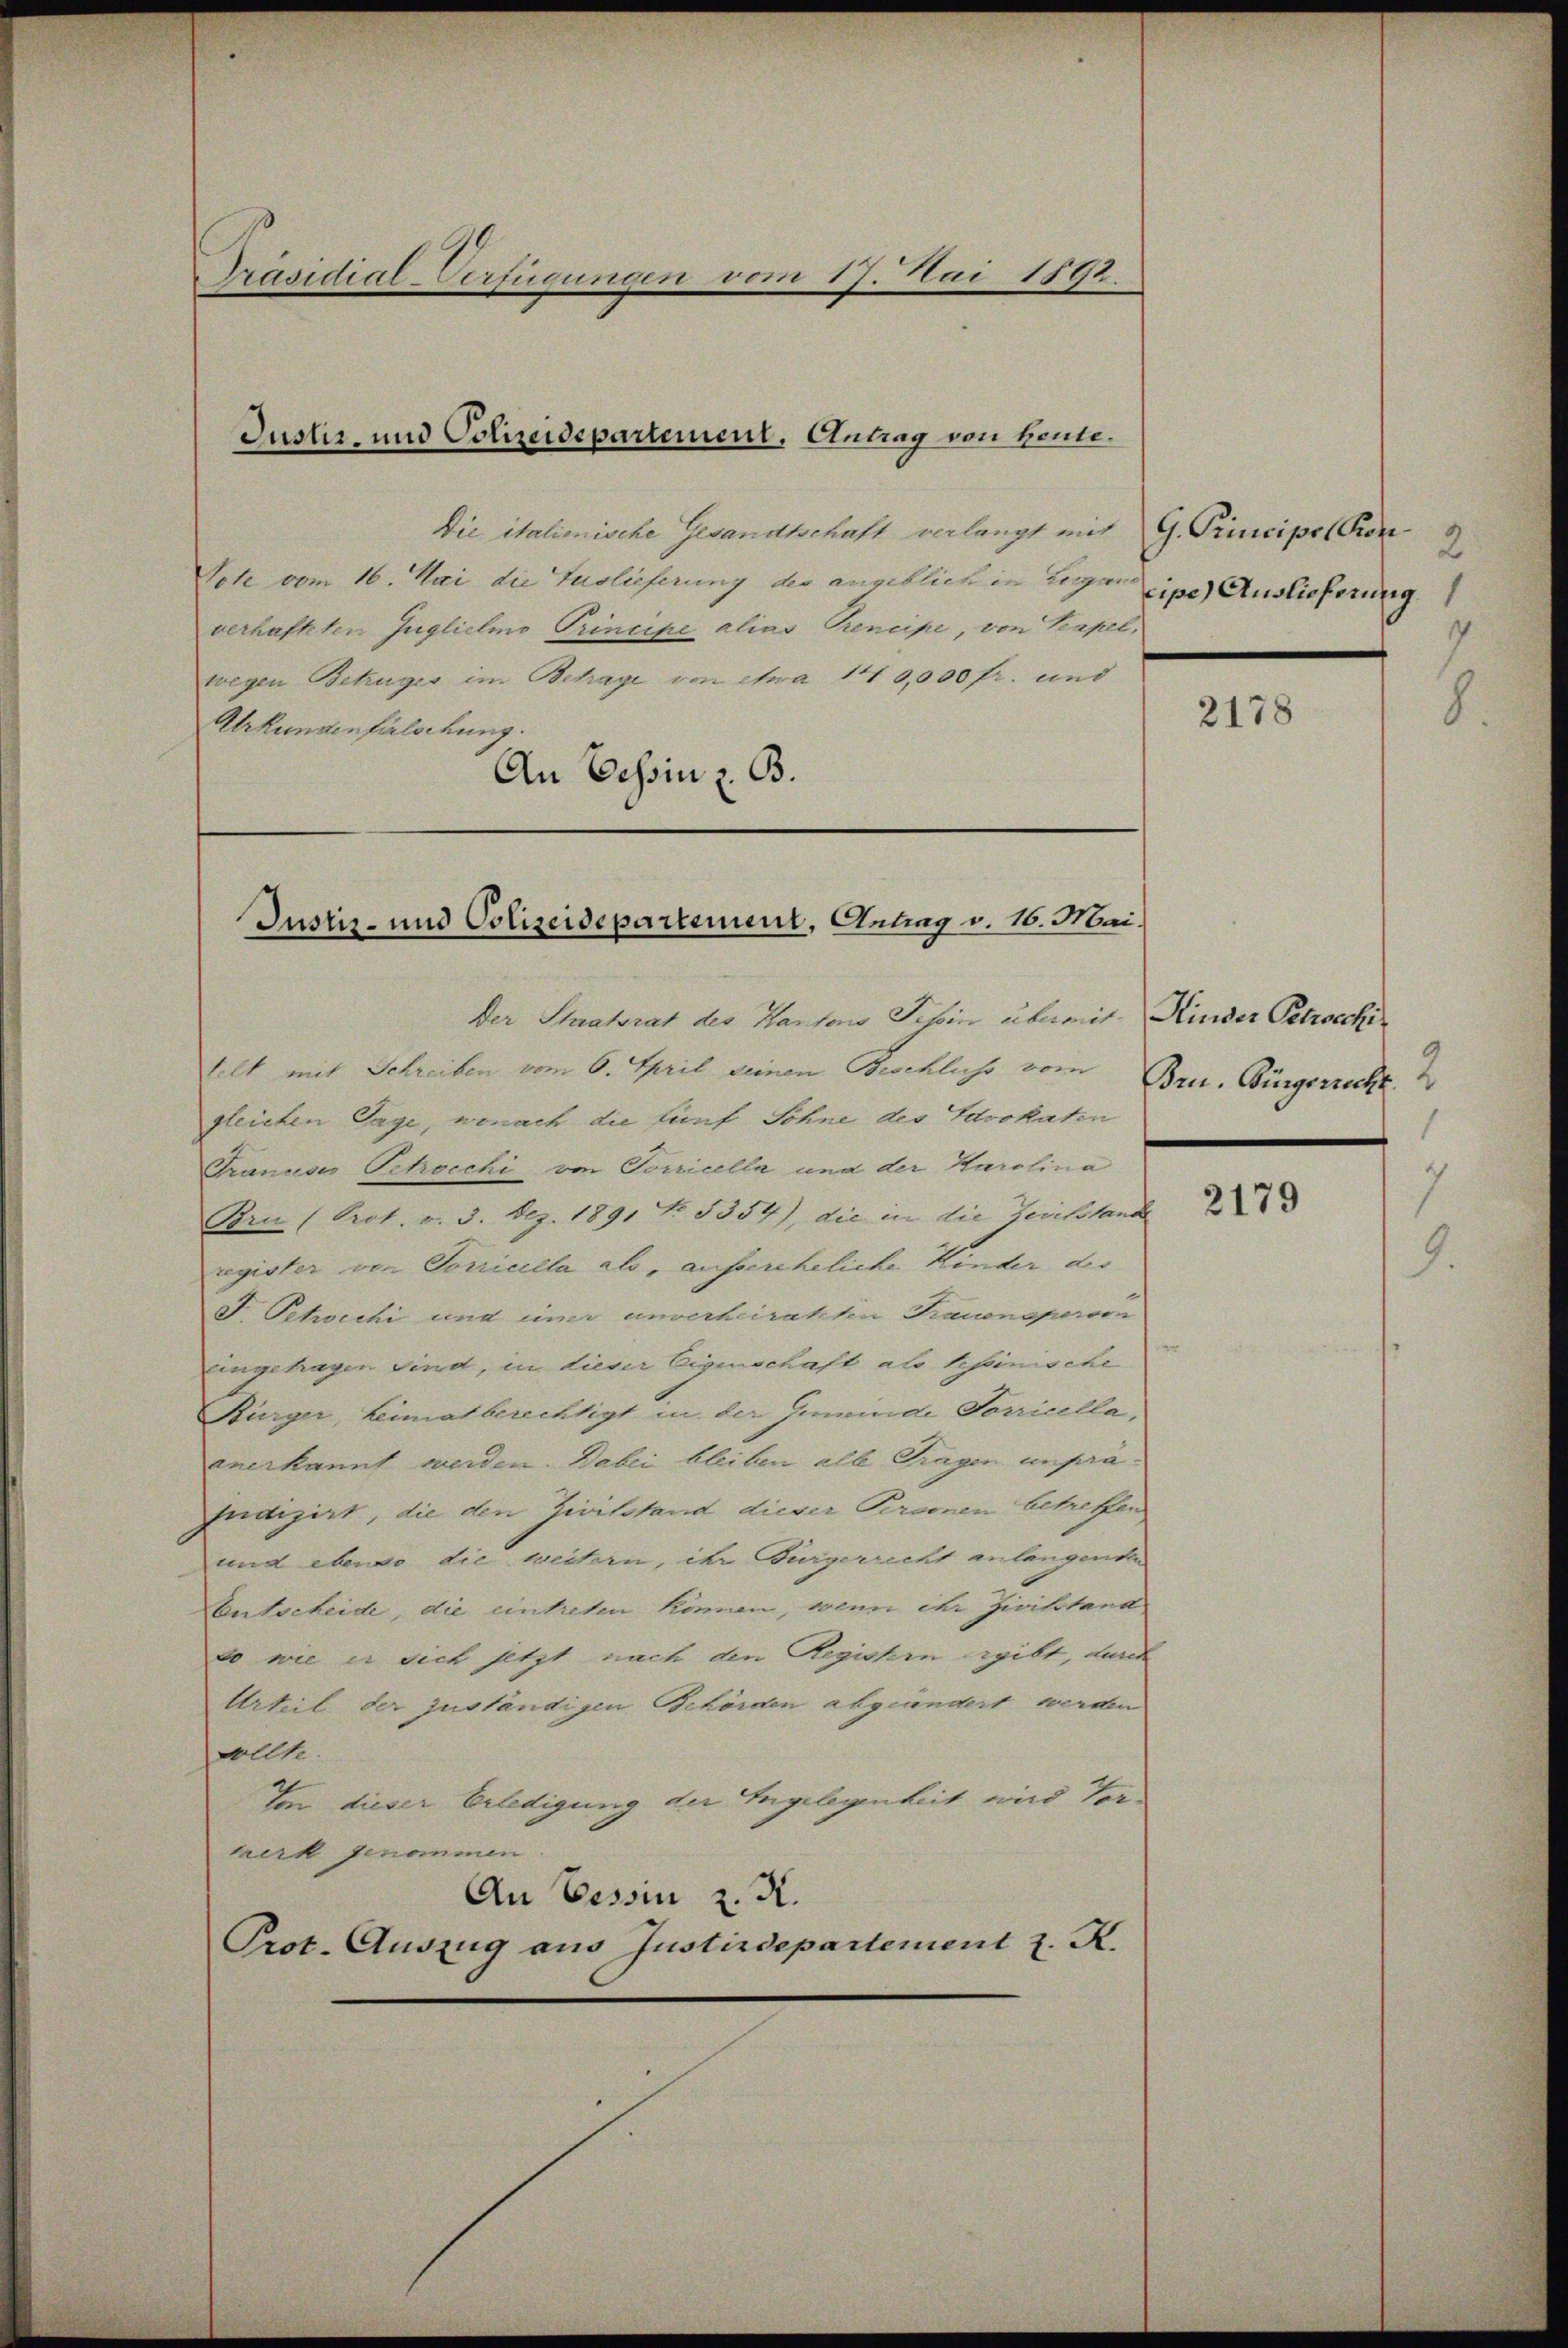
Präsidial-Verfügungen vom 17. Mai 1892.

Die italionische Gesandtschaft verlangt mit G. Principes Pron
Vote vom 16. Mai die Auslieferung der angeblick in eigeipe Auslieferung
verhafteten Guglichino Trincipe alias Trencipe, von Neapel,
wegen Betruges im Betrage von etwa 140,000 fr. und
Urkungenfälschung.
An Eessin z. B.

Justiz und Polizeidepartement. Antrag von Heute.

Justiz- und Polizeidepartement, Antrag v. 16. Mai.

Der Staatsrat des Kantons Tessin übermit
tilt mit Schreiben vom 6. April seinen Beschluss vom
gleichen Tage, wonach die fünf Sohne des Advokaten
Tranuses Schocchi von Vorricella und der Karolina
Brn (Prot. v. 3. Dez. 1891 No. 5354), die in die Zeichstand
register von Vorricella als, aussereheliche Kinder do
F. Petrichi und einer unverheirateten Trauensperson
eingetragen sind, in dieser Eigenschaft als beseinische
Bürger, heimatberechtigt in der Gemeinde Sorricella,
anerkannt werden. Dabei bleiben alle Tragen unprä¬
Indizirt, die den Zivilstand dieser Peramen betreffen
und ebenso die weitern, ihr Bürgerrecht anlangenden
Entscheide, die eintreten können, wenn ihr Zivilstand
do wie er sich jetzt nach den Registen ergibt, durch
Urteil der zuständigen Behörden abgeändert werden
sollte.
In dieser Erledigung der Engelegenheit wird Vorterk genommen
An Tessin z. K.
Prot. Auszug aus Justizdepartement z. K.

2178

Hinder Petrocchi
Bru. Bürgerrecht. 2

2179